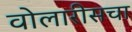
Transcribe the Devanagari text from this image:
वोलारीसचा